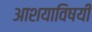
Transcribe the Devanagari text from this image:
आशयाविषयी